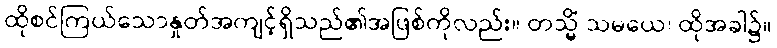
ထိုစင်ကြယ်သောနှုတ်အကျင့်ရှိသည်၏အဖြစ်ကိုလည်း။ တသ္မိံ သမယေ၊ ထိုအခါ၌။